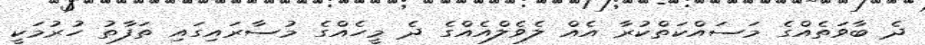
ދެ ބާވަތެއްގެ މަސައްކަތްކުރާ އެއް ލެވެލްއެއްގެ ދެ މީހެއްގެ މުސާރައިގައި ތަފާތު ހުރުމަކީ